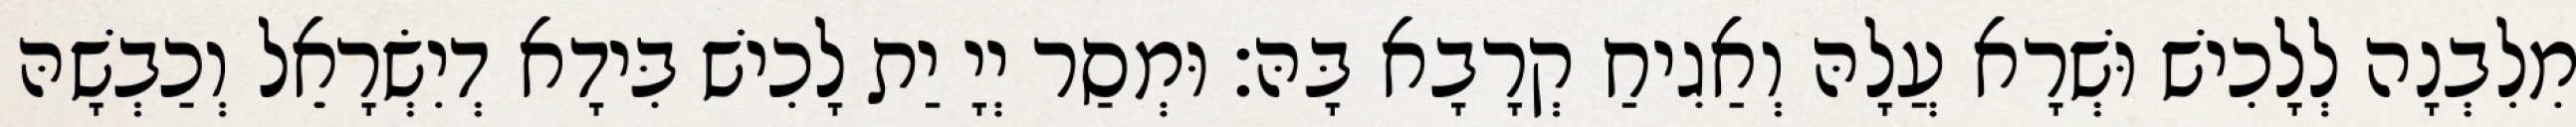
מִלִבְנָה לְלָכִישׁ וּשְׁרָא עֲלָהּ וְאַגִיחַ קְרָבָא בָּהּ׃ וּמְסַר יְיָ יַת לָכִישׁ בִּידָא דְיִשְׂרָאֵל וְכַבְשָׁהּ